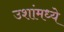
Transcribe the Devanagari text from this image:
उशांमध्ये